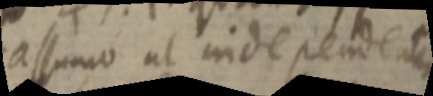
assumo ut independent_